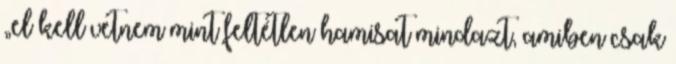
„el kell vetnem mint feltétlen hamisat mindazt, amiben csak